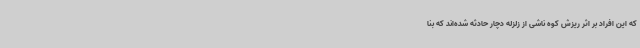
که این افراد بر اثر ریزش کوه ناشی از زلزله دچار حادثه شده‌اند که بنا